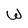
Character: W